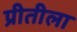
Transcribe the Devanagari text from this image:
प्रीतीला